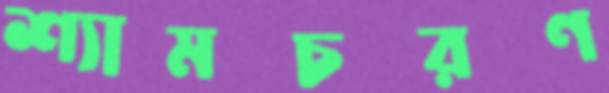
শ্যামচরণ